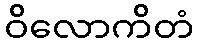
ဝိလောကိတံ